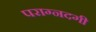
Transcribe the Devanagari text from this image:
पराग्नदगी